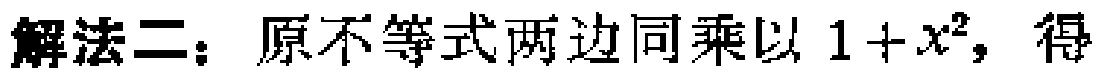
解法二：原不等式两边同乘以 \(1 + x^{2}\)，得